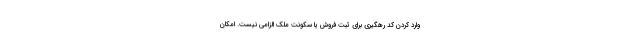
وارد کردن کد رهگیری برای ثبت فروش یا سکونت ملک الزامی نیست. امکان